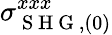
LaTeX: \sigma_{\mathrm{~S~H~G~},(0)}^{xxx}